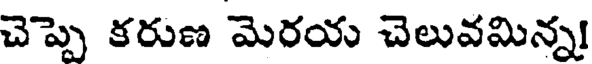
చెప్పె కరుణ మెరయ చెలువమిన్న!